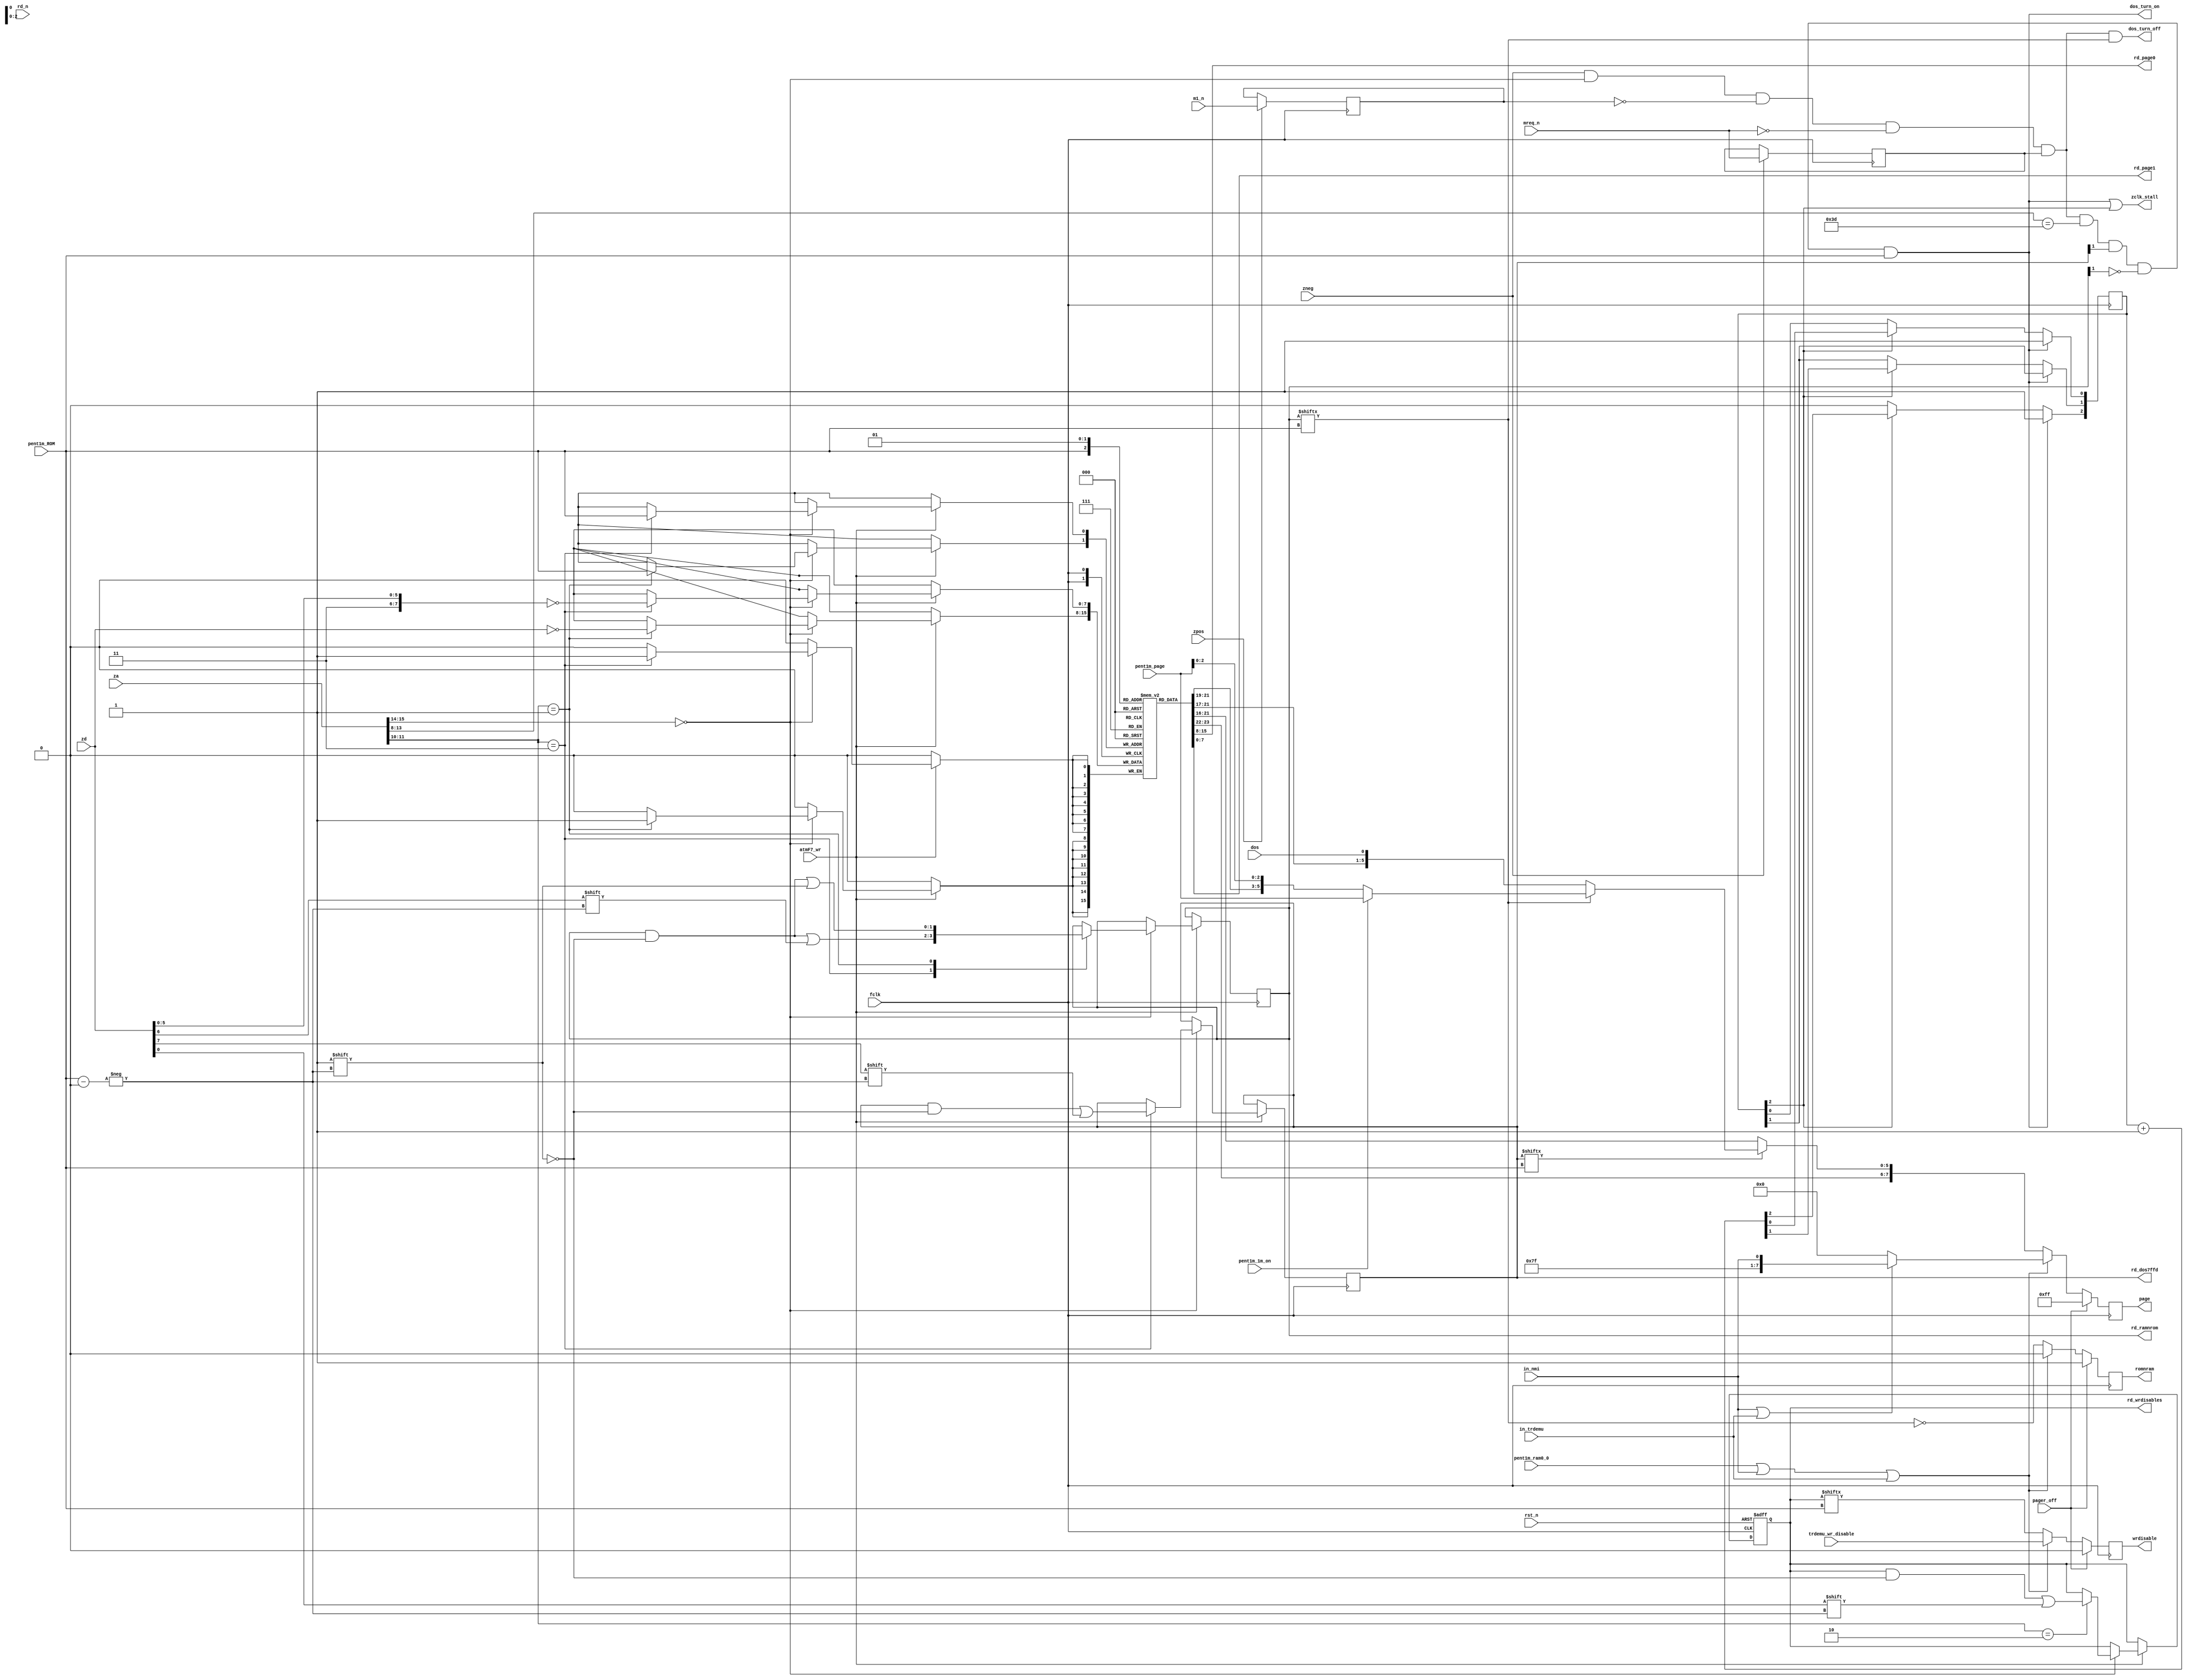
module atm_pager(

	input  wire rst_n,

	input  wire fclk,
	input  wire zpos,
	input  wire zneg,


	input  wire [15:0] za, // Z80 address bus

	input  wire [ 7:0] zd, // Z80 data bus - for latching port data

	input  wire        mreq_n,rd_n,m1_n, // to track DOS turn on/turn off


	input  wire        pager_off, // PEN as in ATM2: turns off memory paging, service ROM is everywhere


	input  wire        pent1m_ROM,    // for memory maps switching: d4 of 7ffd
	input  wire [ 5:0] pent1m_page,   // 1 megabyte from pentagon1024 addressing, from 7FFD port
	input  wire        pent1m_ram0_0, // RAM0 to the window 0 from pentagon1024 mode
	input  wire        pent1m_1m_on,  // 1 meg addressing of pent1m mode on

	input  wire        in_nmi, // when we are in nmi, in 0000-3FFF must be last (FFth)
	                           // RAM page. analoguous to pent1m_ram0_0
				   // but has higher priority

	input  wire        in_trdemu, // like 'in_nmi', page 0xFE
	input  wire        trdemu_wr_disable, // disable writes to page FE when trdemu is active

	input  wire        atmF7_wr, // write strobe for the xxF7 ATM port


	input  wire        dos, // indicates state of computer: also determines ROM mapping


	output wire        dos_turn_on,  // turns on or off DOS signal
	output wire        dos_turn_off, //

	output wire        zclk_stall, // stall Z80 clock during DOS turning on

	output reg  [ 7:0] page,
	output reg         romnram,
	output reg         wrdisable,

	// output for xxBE port read
	output wire	[ 7:0] rd_page0,
	output wire	[ 7:0] rd_page1,
	output wire [ 1:0] rd_dos7ffd,
	output wire [ 1:0] rd_ramnrom,
	output wire [ 1:0] rd_wrdisables
);
	parameter ADDR = 2'b00;


	reg [ 7:0] pages [0:1]; // 2 pages for each map - switched by pent1m_ROM

	reg [ 1:0] ramnrom; // ram(=1) or rom(=0)
	reg [ 1:0] dos_7ffd; // =1 7ffd bits (ram) or DOS enter mode (rom) for given page

	reg [ 1:0] wrdisables; // for each map

 	reg mreq_n_reg, rd_n_reg, m1_n_reg;

	wire dos_exec_stb, ram_exec_stb;


	reg [2:0] stall_count;



	// output data for port xxBE
	assign rd_page0 = pages[0];
	assign rd_page1 = pages[1];
	//
	assign rd_dos7ffd = dos_7ffd;
	assign rd_ramnrom = ramnrom;
	assign rd_wrdisables = wrdisables;



	// paging function, does not set pages, ramnrom, dos_7ffd
	//
	always @(posedge fclk)
	begin
		if( pager_off )
		begin // atm no pager mode - each window has same ROM
			romnram   <= 1'b1;
			page      <= 8'hFF;
			wrdisable <= 1'b0;
		end
		else // pager on
		begin
			if( (ADDR==2'b00) && (pent1m_ram0_0 || in_nmi || in_trdemu) )
			begin
				wrdisable <= trdemu_wr_disable;

				if( in_nmi || in_trdemu )
				begin
					romnram <= 1'b0;
					page    <= { 7'h7F, in_nmi };
				end
				else // if( pent1m_ram0_0 )
				begin
					romnram <= 1'b0;
					page    <= 8'd0;
				end
			end
			else
			begin
				wrdisable <= wrdisables[ pent1m_ROM ];

				romnram <= ~ramnrom[ pent1m_ROM ];

				if( dos_7ffd[ pent1m_ROM ] ) // 7ffd memmap switching
				begin
					if( ramnrom[ pent1m_ROM ] )
					begin // ram map
						if( pent1m_1m_on )
						begin // map whole Mb from 7ffd to atm pages
							page <= { pages[ pent1m_ROM ][7:6], pent1m_page[5:0] };
						end
						else //128k like in atm2
						begin
							page <= { pages[ pent1m_ROM ][7:3], pent1m_page[2:0] };
						end
					end
					else // rom map with dos
					begin
						page <= { pages[ pent1m_ROM ][7:1], dos };
					end
				end
				else // no 7ffd impact
				begin
					page <= pages[ pent1m_ROM ];
				end
			end
		end
	end




	// port reading: sets pages, ramnrom, dos_7ffd
	//
	always @(posedge fclk, negedge rst_n)
	if( !rst_n )
	begin
		wrdisables <= 2'b00;
	end
	else if( atmF7_wr )
	begin
 		if( za[15:14]==ADDR )
		case( {za[11],za[10]} )
			2'b10: begin // xxBF7 port -- ROM/RAM readonly bit
				wrdisables[ pent1m_ROM ] <= zd[0];
			end

			default: begin
				// nothing
			end
		endcase
	end
	//	
	always @(posedge fclk)
	if( atmF7_wr )
	begin
		if( za[15:14]==ADDR )
		case( {za[11],za[10]} )
			2'b11: begin // xFF7 port
				pages   [ pent1m_ROM ] <= ~{ 2'b11, zd[5:0] };
				ramnrom [ pent1m_ROM ] <= zd[6];
				dos_7ffd[ pent1m_ROM ] <= zd[7];
			end

			2'b01: begin // x7F7 port
				pages   [ pent1m_ROM ] <= ~zd;
				ramnrom [ pent1m_ROM ] <= 1'b1; // RAM on
				// dos_7ffd - UNCHANGED!!! (possibility to use 7ffd 1m and 128k addressing in the whole 4m!)
			end

			default: begin
				// nothing
			end

		endcase
	end


	// DOS turn on/turn off
	//

`ifdef SIMULATE
	initial
	begin
		m1_n_reg   = 1'b1;
		mreq_n_reg = 1'b1;
		rd_n_reg   = 1'b1;

		stall_count = 3'b000;
	end
`endif

	always @(posedge fclk) if( zpos )
	begin
		m1_n_reg <= m1_n;
	end

	always @(posedge fclk) if( zneg )
	begin
		mreq_n_reg <= mreq_n;
	end



	assign dos_exec_stb = zneg && (za[15:14]==ADDR) &&
	                      (!m1_n_reg) && (!mreq_n) && mreq_n_reg &&
	                      (za[13:8]==6'h3D) &&
	                      dos_7ffd[1'b1] && (!ramnrom[1'b1]) && pent1m_ROM;

	assign ram_exec_stb = zneg && (za[15:14]==ADDR) &&
	                      (!m1_n_reg) && (!mreq_n) && mreq_n_reg &&
	                      ramnrom[pent1m_ROM];

	assign dos_turn_on  = dos_exec_stb;
	assign dos_turn_off = ram_exec_stb;


	// stall Z80 for some time when dos turning on to allow ROM chip to supply new data
	// this can be important at 7 or even 14 mhz. minimum stall time is
	// 3 clocks @ 28 MHz
	always @(posedge fclk)
	begin
		// переключение в ДОС пзу происходит за полтакта z80 до того, как
		// z80 считает данные. т.е. у пзу полтакта для выдачи новых данных.
		// 3.5мгц - 140 нан, 7мгц - 70 нан, 14мгц - 35 нан.
		// для пзухи 120нс на 14мгц надо еще 3 полтакта добавить, или другими
		// словами, добавить к любой задержке на любой частоте минимум 3 такта
		// 28 мгц.
		if( dos_turn_on )
		begin
			stall_count[2] <= 1'b1; // count: 000(stop) -> 101 -> 110 -> 111 -> 000(stop)
			stall_count[0] <= 1'b1;
		end
		else if( stall_count[2] )
		begin
			stall_count[2:0] <= stall_count[2:0] + 3'd1;
		end

	end

	assign zclk_stall = dos_turn_on | stall_count[2];



endmodule